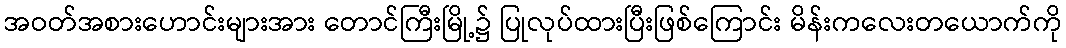
အဝတ်အစားဟောင်းများအား တောင်ကြီးမြို့၌ ပြုလုပ်ထားပြီးဖြစ်ကြောင်း မိန်းကလေးတယောက်ကို